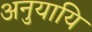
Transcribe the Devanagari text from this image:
अनुयायि